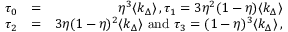
\begin{array} { r l r } { \tau _ { 0 } } & { = } & { \eta ^ { 3 } \langle k _ { \Delta } \rangle \, , \tau _ { 1 } = 3 \eta ^ { 2 } ( 1 - \eta ) \langle k _ { \Delta } \rangle } \\ { \tau _ { 2 } } & { = } & { 3 \eta ( 1 - \eta ) ^ { 2 } \langle k _ { \Delta } \rangle \mathrm { ~ a n d ~ } \tau _ { 3 } = ( 1 - \eta ) ^ { 3 } \langle k _ { \Delta } \rangle \, , } \end{array}